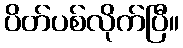
ပိတ်ပစ်လိုက်ပြီ။